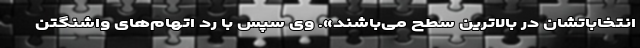
انتخاباتشان در بالاترین سطح می‌باشند». وی سپس با رد اتهام‌های واشنگتن